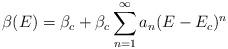
LaTeX: \begin{align*}\beta(E)=\beta_{c} +\beta_{c}\sum_{n=1}^{\infty} a_{n} (E-E_{c})^{n}\end{align*}